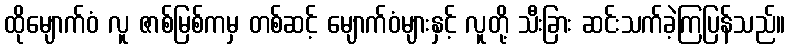
ထိုမျောက်ဝံ လူ ဇာစ်မြစ်ကမှ တစ်ဆင့် မျောက်ဝံများနှင့် လူတို့ သီးခြား ဆင်းသက်ခဲ့ကြပြန်သည်။